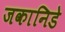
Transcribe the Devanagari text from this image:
जकानिडे